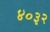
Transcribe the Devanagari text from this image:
४०३२